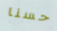
حسنا